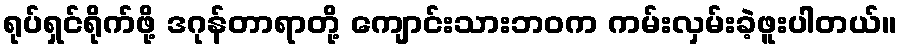
ရုပ်ရှင်ရိုက်ဖို့ ဒဂုန်တာရာတို့ ကျောင်းသားဘဝက ကမ်းလှမ်းခဲ့ဖူးပါတယ်။